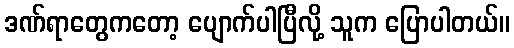
ဒဏ်ရာတွေကတော့ ပျောက်ပါပြီလို့ သူက ပြောပါတယ်။